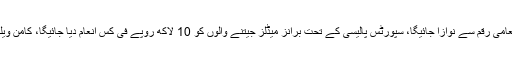
ریسلنگ میں پاکستان کیلیے واحد گولڈ میڈل جیتنے والے انعام بٹ کو 50 لاکھ روپے کی انعامی رقم سے نوازا جائیگا، سپورٹس پالیسی کے تحت برانز میڈلز جیتنے والوں کو 10 لاکھ روپے فی کس انعام دیا جائیگا، کامن ویلتھ گیمز میں پاکستان نے ایک گولڈ اور 4 برانز کیساتھ مجموعی طورپر 5 میڈلز جیتے ہیں۔